Report on the nature of kala-azar
Disease focus: Kala-Azar
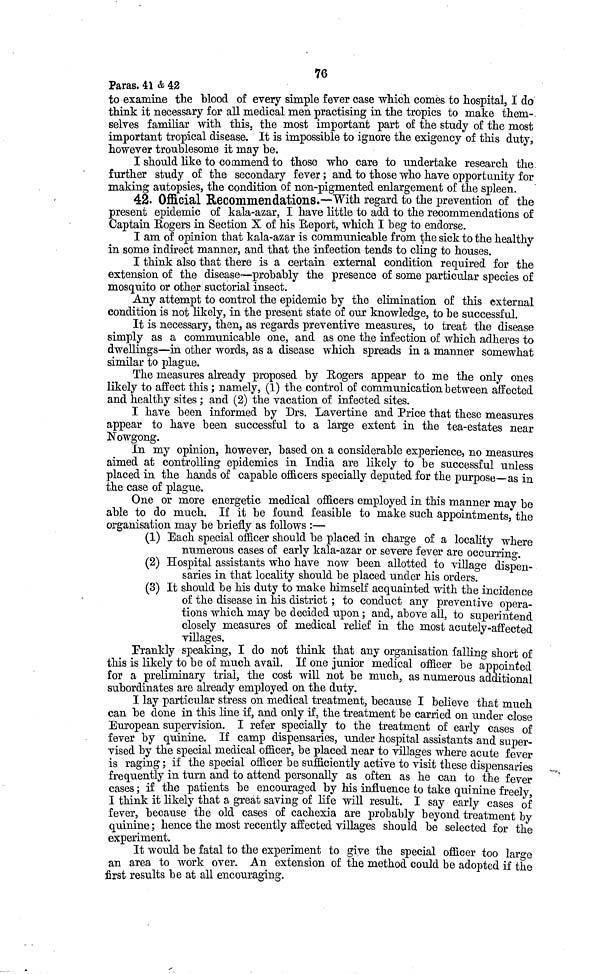
76
Paras. 41 & 42
to examine the blood of every simple fever case which comes to hospital, I do
think it necessary for all medical men practising in the tropics to make them-
selves familiar with this, the most important part of the study of the most
important tropical disease. It is impossible to ignore the exigency of this duty,
however troublesome it may be.
I should like to commend to those who care to undertake research the
further study of the secondary fever ; and to those who have opportunity for
making autopsies, the condition of non-pigmented enlargement of the spleen.
42. Official Recommendations.—With regard to the prevention of the
present epidemic of kala-azar, I have little to add to the recommendations of
Captain Rogers in Section X of his Report, which I beg to endorse.
I am of opinion that kala-azar is communicable from the sick to the healthy
in some indirect manner, and that the infection tends to cling to houses.
I think also that there is a certain external condition required for the
extension of the disease—probably the presence of some particular species of
mosquito or other suctorial insect.
Any attempt to control the epidemic by the elimination of this external
condition is not likely, in the present state of our knowledge, to be successful.
It is necessary, then, as regards preventive measures, to treat the disease
simply as a communicable one, and as one the infection of which adheres to
dwellings—in other words, as a disease which spreads in a manner somewhat
similar to plague.
The measures already proposed by Rogers appear to me the only ones
likely to affect this; namely, (1) the control of communication between affected
and healthy sites; and (2) the vacation of infected sites.
I have been informed by Drs. Lavertine and Price that these measures
appear to have been successful to a large extent in the tea-estates near
Nowgong.
In my opinion, however, based on a considerable experience, no measures
aimed at controlling epidemics in India are likely to be successful unless
placed in the hands of capable officers specially deputed for the purpose—as in
the case of plague.
One or more energetic medical officers employed in this manner may be
able to do much. If it be found feasible to make such appointments, the
organisation may be briefly as follows :—
(1) Each special officer should be placed in charge of a locality where
numerous cases of early kala-azar or severe fever are occurring.
(2) Hospital assistants who have now been allotted to village dispen-
saries in that locality should be placed under his orders.
(3) It should be his duty to make himself acquainted with the incidence
of the disease in his district ; to conduct any preventive opera-
tions which may be decided upon ; and, above all, to superintend
closely measures of medical relief in the most acutely-affected
villages.
Frankly speaking, I do not think that any organisation falling short of
this is likely to be of much avail. If one junior medical officer be appointed
for a preliminary trial, the cost will not be much, as numerous additional
subordinates are already employed on the duty.
I lay particular stress on medical treatment, because I believe that much
can be done in this line if, and only if, the treatment be carried on under close
European supervision. I refer specially to the treatment of early cases of
fever by quinine. If camp dispensaries, under hospital assistants and super-
vised by the special medical officer, be placed near to villages where acute fever
is raging; if the special officer be sufficiently active to visit these dispensaries
frequently in turn and to attend personally as often as he can to the fever
cases; if the patients be encouraged by his influence to take quinine freely,
I think it likely that a great saving of life will result. I say early cases of
fever, because the old cases of eachexia are probably beyond treatment by
quinine; hence the most recently affected villages should be selected for the
experiment.
It would be fatal to the experiment to give the special officer too large
an area to work over. An extension of the method could be adopted if the
first results be at all encouraging.